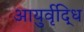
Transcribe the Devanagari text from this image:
आयुर्वृद्धि